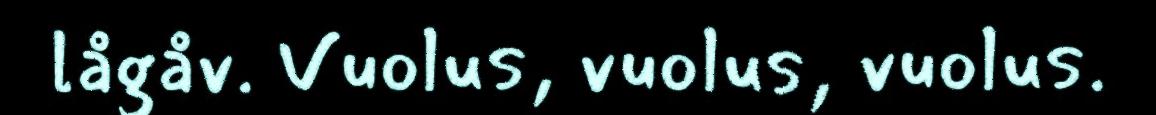
lågåv. Vuolus, vuolus, vuolus.